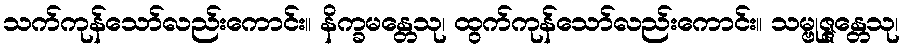
သက်ကုန်သော်လည်းကောင်း။ နိက္ခမန္တေသု၊ ထွက်ကုန်သော်လည်းကောင်း။ သမ္ဗုဇ္ဇန္တေသု၊